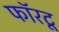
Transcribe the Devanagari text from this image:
फॉरटू